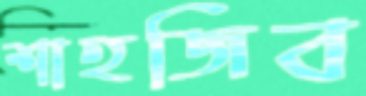
শাহজিব